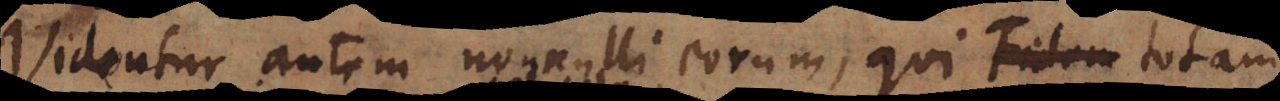
Videntur autem nonnulli eorum, qui Fidem justif